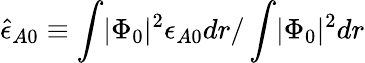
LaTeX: \hat{\epsilon}_{A0}\equiv\int\lvert\Phi_{0}\rvert^{2}\epsilon_{A0}dr/\int\lvert\Phi_{0}\rvert^{2}dr